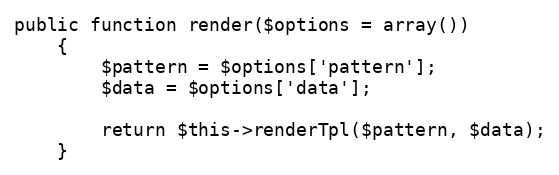
Language: PHP
public function render($options = array())
    {
        $pattern = $options['pattern'];
        $data = $options['data'];

        return $this->renderTpl($pattern, $data);
    }